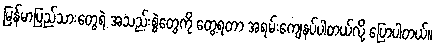
မြန်မာပြည်သားတွေရဲ့ အသည်းစွဲတွေကို တွေ့ရတာ အရမ်းကျေနပ်ပါတယ်လို့ ပြောပါတယ်။